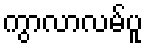
ကွာလာလမ်ပူ